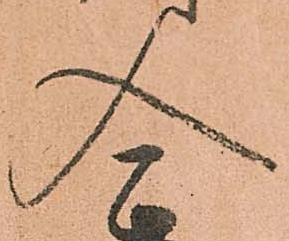
入